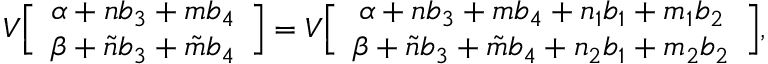
V \Big [ \begin{array} { c } { { \alpha + n b _ { 3 } + { m } b _ { 4 } } } \\ { { \beta + \tilde { n } b _ { 3 } + \tilde { m } b _ { 4 } } } \end{array} \Big ] = V \Big [ \begin{array} { c } { { \alpha + n b _ { 3 } + { m } b _ { 4 } + n _ { 1 } b _ { 1 } + m _ { 1 } b _ { 2 } } } \\ { { \beta + \tilde { n } b _ { 3 } + \tilde { m } b _ { 4 } + n _ { 2 } b _ { 1 } + m _ { 2 } b _ { 2 } } } \end{array} \Big ] ,